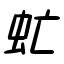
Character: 虻